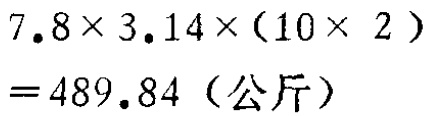
$7.8\times 3.14\times(10\times 2)=489.84 \text{（公斤）}$